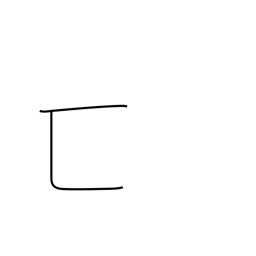
Meaning: hiding enclosure radical (no. 23)